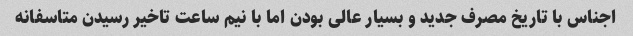
اجناس با تاریخ مصرف جدید و بسیار عالی بودن اما با نیم ساعت تاخیر رسیدن متاسفانه